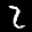
Label: 2